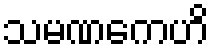
သမဏကေဟိ